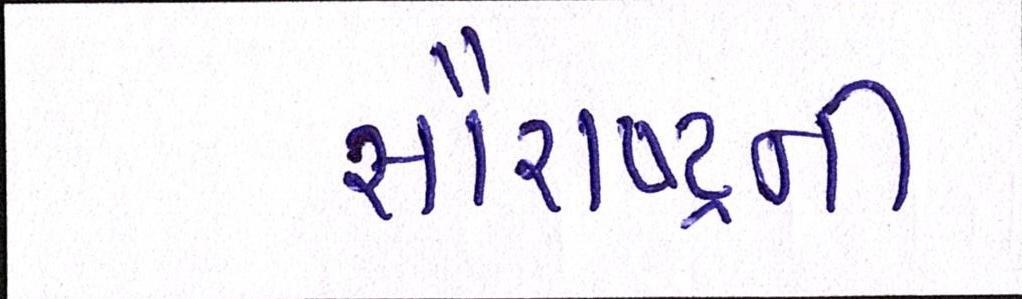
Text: સૌરાષ્ટ્ર્રની